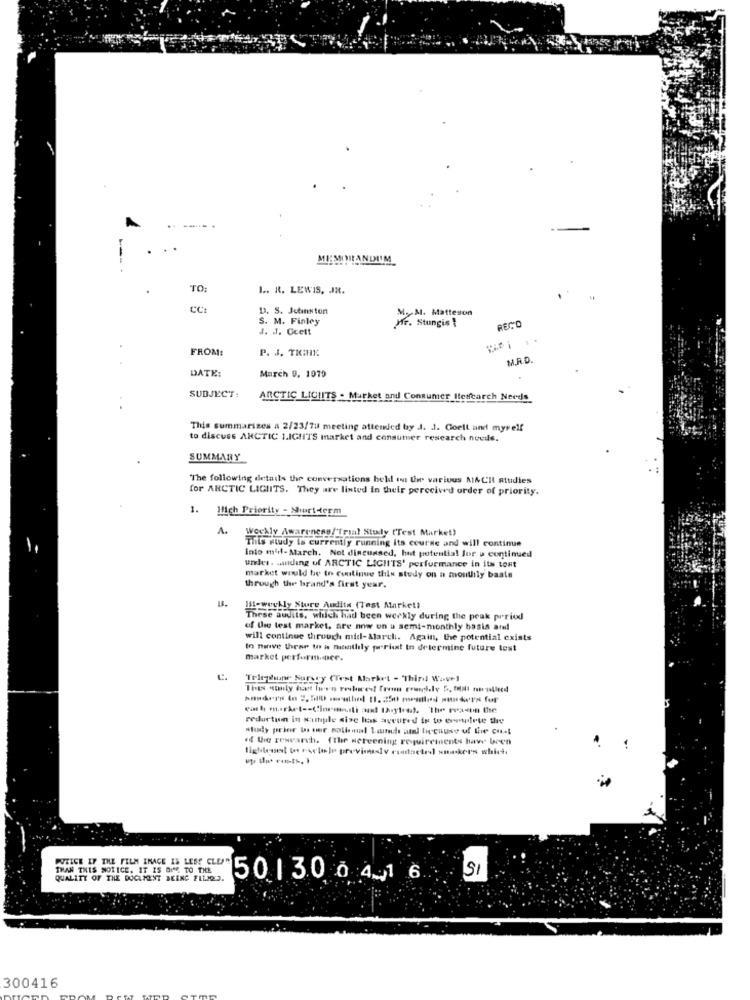
MEMORANDUM
TO:
L .. R. LEWIS, JR.
CC:
D. S. Johnston
S. M. Finley
M.M. Matteson
4. J. Ccett
Mr. Stungis
RECO
FROM:
P. J. TKIHR:
M.R.D.
DATE:
March 9. 1079
SUBJECT:
ARCTIC LIGIITS - Market and Consumer Iterfcarch Nerds
This summarizes a 2/23/71 meeting attended by J. J. Goelt and myself
to discuss ARCTIC 1.IGHTS market and consumer research needs.
SUMMARY
The following details the conversations held on the various MACIt atuidies
for ARCTIC LIGHTS. They are listed in their perceived order of priority.
. Hlich Priority - Short-term
A.
weekly Awareness/"Tryal Study (Test Market)
This study is currently running its course and will continue
Into mff-March. Not discussed, hut potential for u continued
under. winding of ARCTIC LICHITS' performance in its tont
market would be to continue this study on a monthly basis
through the brand's first year.
Ist-weekly Sture Audits (Test Market)
These audits, which had been werkly during the peak period
of the test market, are now on a semi-monthly basis atel
will continue through mild-Alarch. Again, the potential exists
In nerve these to a monthly perist In determine future test
market performance.
Telt hupe Survey (Test Market - "Third Wave1
reductun in sample size las accured is to erntete the
study prior to wer rolimal Launch utl because of the cus!
if the research. (the screening requirements have been
tightenet bo r-while previously contacte snikers which
PUTICE IF THE FILM INAGE IS LESS CLEAR
THAN THIS NOTICE. IT IS OFFS TO THE
SI
QUALITY OF THE DOCUMENT BEING FILMES.
5013.0 0 4_1 6.
300416